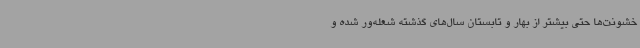
خشونت‌ها حتی بیشتر از بهار و تابستان سال‌های گذشته شعله‌ور شده و